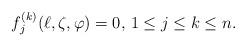
LaTeX: \begin{align*} f_j^{(k)}(\ell,\zeta,\varphi) = 0,\, 1 \leq j \leq k \leq n.\end{align*}